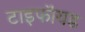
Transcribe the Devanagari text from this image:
टाइफॉयड